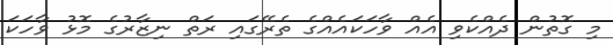
މި ގޮތުން ދެއްކެވި އެއް ވާހަކައެއްގެ ތެރޭގައި ރަތް ނިޒާރުގެ މޮޅު ވާހަކަ